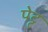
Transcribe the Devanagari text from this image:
पेट्ट